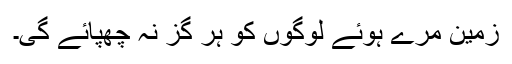
زمین مرے ہوئے لوگوں کو ہر گز نہ چھپائے گی۔